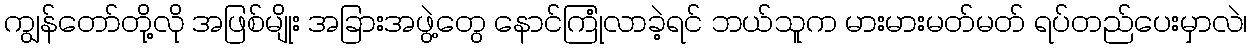
ကျွန်တော်တို့လို အဖြစ်မျိုး အခြားအဖွဲ့တွေ နောင်ကြုံလာခဲ့ရင် ဘယ်သူက မားမားမတ်မတ် ရပ်တည်ပေးမှာလဲ၊